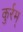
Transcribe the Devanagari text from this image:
कुर्रम्